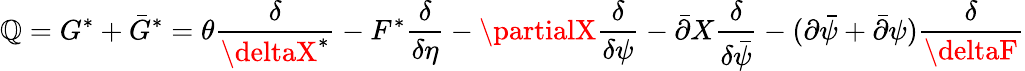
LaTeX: \mathbb{Q}=G^{\ast}+\bar{{G}}^{\ast}=\theta{\frac{{\delta}}{{\deltaX^{\ast}}}}-F^{\ast}{\frac{{\delta}}{{\delta\eta}}}-\partialX{\frac{{\delta}}{{\delta\psi}}}-\bar{{\partial}}X{\frac{{\delta}}{{\delta\bar{{\psi}}}}}-(\partial\bar{{\psi}}+\bar{{\partial}}\psi){\frac{{\delta}}{{\deltaF}}}